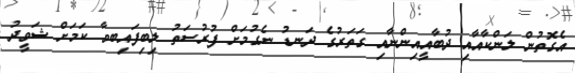
އެގޮތުން ލަންކާއާއި ދުބާއީއިންނާއި ގަތަރުގެ ދަނޑު ނެގުމަށް ފުރުސަތު ލިބިފައިބވާ ކަމަށް ޝަވީދު